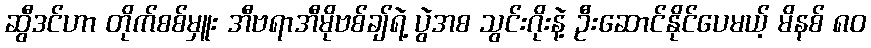
ဆွီဒင်ဟာ တိုက်စစ်မှူး အီဗရာအီမိုဗစ်ချ်ရဲ့ ပွဲအစ သွင်းဂိုးနဲ့ ဦးဆောင်နိုင်ပေမယ့် မိနစ် ၈၀